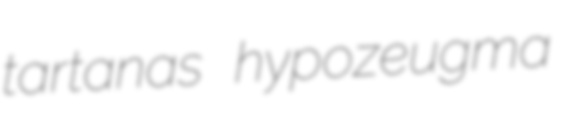
tartanas hypozeugma